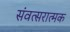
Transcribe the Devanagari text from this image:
संवत्सरात्मक